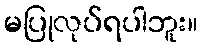
မပြုလုပ်ရပါဘူး။